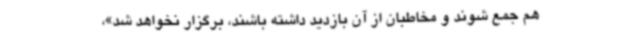
هم جمع شوند و مخاطبان از آن بازدید داشته باشند،‌ برگزار نخواهد شد»،